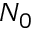
N _ { 0 }